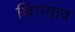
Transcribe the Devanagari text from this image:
शिगगाव